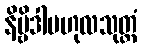
နိဗ္ဗိဒါဗဟုလသုတ္တံ